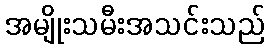
အမျိုးသမီးအသင်းသည်